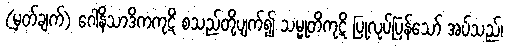
(မှတ်ချက်) ဂေါနိသာဒိကကုဋိ စသည်တို့ပျက်၍ သမ္မုတိကုဋိ ပြုလုပ်ပြန်သော် အပ်သည်၊